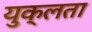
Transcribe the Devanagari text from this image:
युक्लता